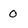
Character: 0